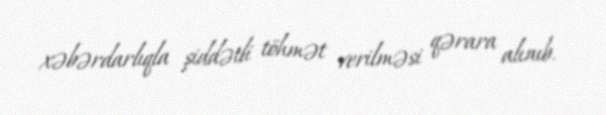
xəbərdarlıqla şiddətli töhmət verilməsi qərara alınıb.